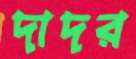
দাদর